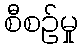
စီစဉ်မှု